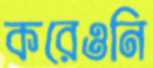
করেওনি